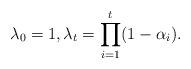
LaTeX: \begin{align*}\lambda_0=1, \lambda_t=\prod_{i=1}^{t}(1-\alpha_i).\end{align*}